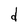
Character: d